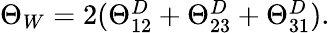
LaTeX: \begin{array}{r}{\Theta_{W}=2(\Theta_{12}^{D}+\Theta_{23}^{D}+\Theta_{31}^{D}).}\end{array}